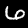
Digit: 6